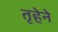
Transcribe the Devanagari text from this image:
तृहेने